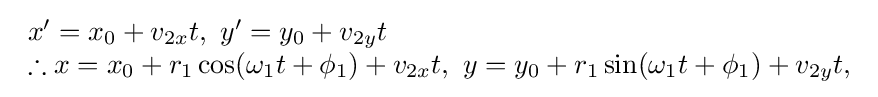
{\begin{array}{lcl}x'=x_{0}+v_{2x}t,\ y'=y_{0}+v_{2y}t\\\therefore x=x_{0}+r_{1}\cos(\omega _{1}t+\phi _{1})+v_{2x}t,\ y=y_{0}+r_{1}\sin(\omega _{1}t+\phi _{1})+v_{2y}t,\\\end{array}}